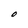
Character: O